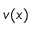
v ( x )